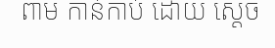
ពាម កាន់កាប់ ដោយ ស្តេច